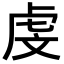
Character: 虔